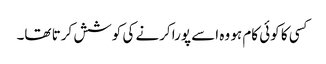
کسی کا کوئی کام ہو وہ اسے پورا کرنے کی کوشش کرتا تھا۔